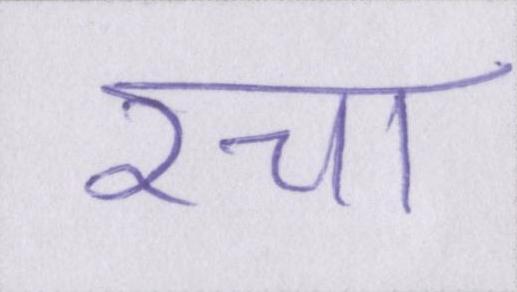
रचा